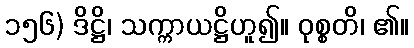
၁၅၆) ဒိဋ္ဌိ၊ သက္ကာယဋ္ဌိဟူ၍။ ဝုစ္စတိ၊ ၏။